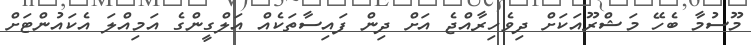
މޫސުމާ ބެހޭ މަޝްރޫއަކަށް ދިވެހިރާއްޖެ އަށް ދިން ފައިސާތަކެއް އަލްގީންގެ އަމިއްލަ އެކައުންޓަށް